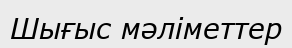
Шығыс мәліметтер